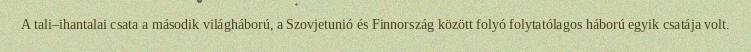
A tali–ihantalai csata a második világháború, a Szovjetunió és Finnország között folyó folytatólagos háború egyik csatája volt.